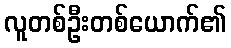
လူတစ်ဦးတစ်ယောက်၏